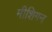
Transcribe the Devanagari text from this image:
मीशिगन